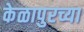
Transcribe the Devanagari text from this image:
केळापुरच्या